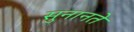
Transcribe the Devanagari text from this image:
सुनानते